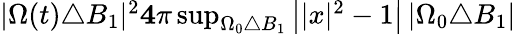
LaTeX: \begin{array}{r}{|\Omega(t)\triangle B_{1}|^{2}\le 4\pi\operatorname*{sup}_{\Omega_{0}\triangle B_{1}}\left||x|^{2}-1\right|\, |\Omega_{0}\triangle B_{1}|}\end{array}